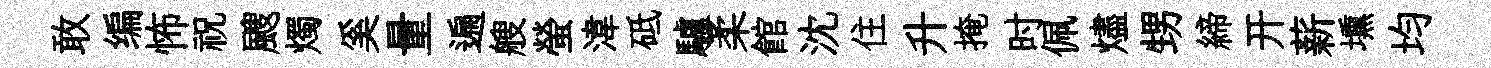
敢编怖祝颼燭奚量遍艘螢湋砥驢柔館沈住升掩时佩燼甥締开薪壎均